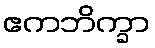
ဧကဘိက္ခာ